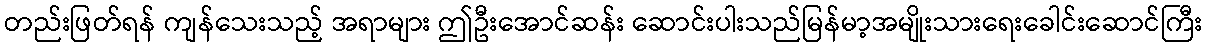
တည်းဖြတ်ရန် ကျန်သေးသည့် အရာများ ဤဦးအောင်ဆန်း ဆောင်းပါးသည်မြန်မာ့အမျိုးသားရေးခေါင်းဆောင်ကြီး